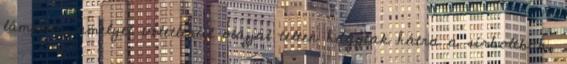
lámpást, amelyet véletlenül olajjal telten hagytak hátra a sírboltban,